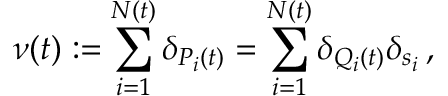
\nu ( t ) : = \sum _ { i = 1 } ^ { N ( t ) } \delta _ { P _ { i } ( t ) } = \sum _ { i = 1 } ^ { N ( t ) } \delta _ { Q _ { i } ( t ) } \delta _ { s _ { i } } \, ,